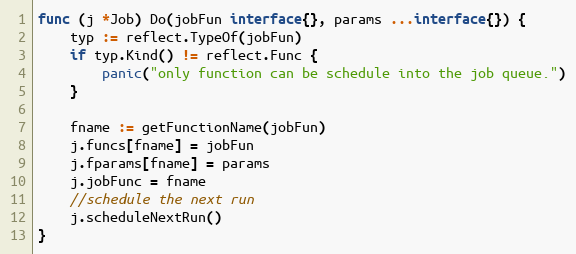
Language: Go
func (j *Job) Do(jobFun interface{}, params ...interface{}) {
	typ := reflect.TypeOf(jobFun)
	if typ.Kind() != reflect.Func {
		panic("only function can be schedule into the job queue.")
	}

	fname := getFunctionName(jobFun)
	j.funcs[fname] = jobFun
	j.fparams[fname] = params
	j.jobFunc = fname
	//schedule the next run
	j.scheduleNextRun()
}